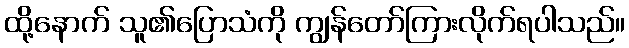
ထို့နောက် သူ၏ပြောသံကို ကျွန်တော်ကြားလိုက်ရပါသည်။